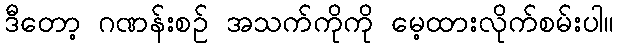
ဒီတော့ ဂဏန်းစဉ် အသက်ကိုကို မေ့ထားလိုက်စမ်းပါ။